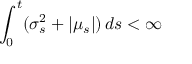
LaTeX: \int _ { 0 } ^ { t } ( \sigma _ { s } ^ { 2 } + | \mu _ { s } | ) \, d s < \infty